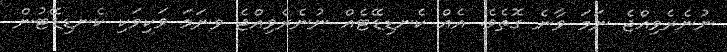
ނުނެރެވިއްޖެ ނަމަ ވާނެ ގޮތެވެ. އެއް ކެނޑިޑޭޓެއް ނުނެރެވިއްޖެ ވނަމަ ވަކިވަކި ކެނޑިޑޭޓުން